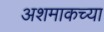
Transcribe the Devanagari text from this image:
अशमाकच्या